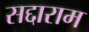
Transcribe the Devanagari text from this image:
सद्दाराम